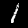
Digit: 1